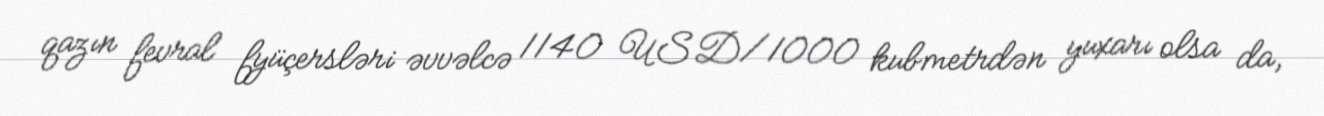
qazın fevral fyüçersləri əvvəlcə 1140 USD/1000 kubmetrdən yuxarı olsa da,